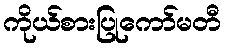
ကိုယ်စားပြုကော်မတီ